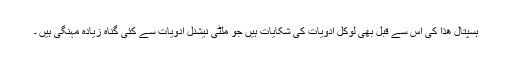
ہسپتال ھذا کی اس سے قبل بھی لوکل ادویات کی شکایات ہیں جو ملٹی نیشنل ادویات سے کئی گناہ زیادہ مہنگی ہیں ۔